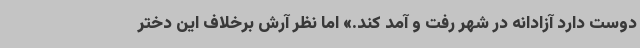
دوست دارد آزادانه در شهر رفت و آمد کند.» اما نظر آرش برخلاف این دختر